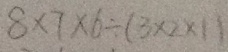
8 \times 7 \times 6 \div ( 3 \times 2 \times 1 )